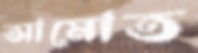
আমোত